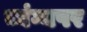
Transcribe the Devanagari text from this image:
व्यंग्यपर